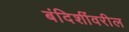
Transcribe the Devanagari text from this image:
बंदिशींवरील